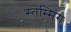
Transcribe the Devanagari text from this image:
स्तेम्मिंग